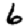
Digit: 6